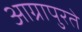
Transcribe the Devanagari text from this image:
आग्रापुरते